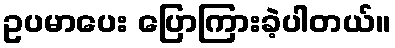
ဥပမာပေး ပြောကြားခဲ့ပါတယ်။